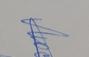
Signature authenticity: genuine